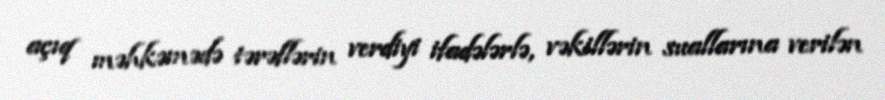
açıq məhkəmədə tərəflərin verdiyi ifadələrlə, vəkillərin suallarına verilən